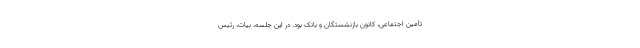
تأمین اجتماعی، کانون بازنشستگان و بانک بود. در این جلسه، بیات، رئیس